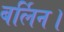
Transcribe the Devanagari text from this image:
बर्लिन।